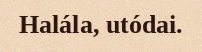
Halála, utódai.